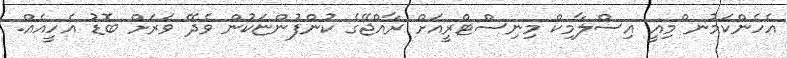
އެހެންކަމުނ ްމިއީ އިސްލާމިކް މިނިސްޓްރީއަށް ރާއްޖޭގެ ކުންފުންޏަކުން ވެދޭ ވަރަށް ބޮޑު އެހީއެއް.